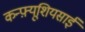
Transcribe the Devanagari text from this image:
कन्फ़्यूशियसाई